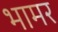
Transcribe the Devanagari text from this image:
भामर